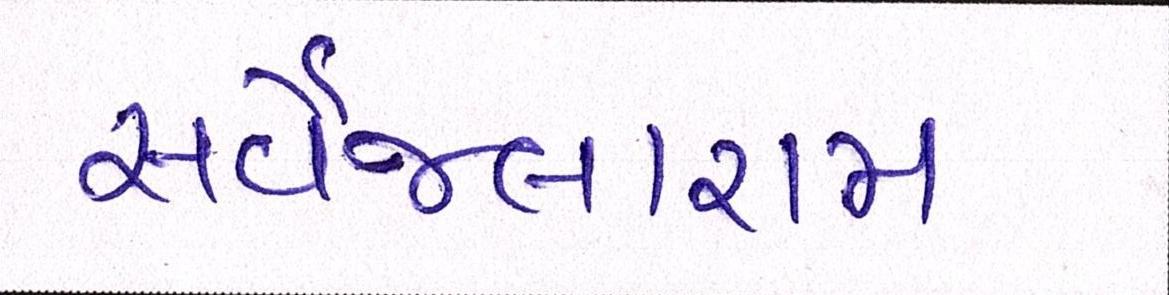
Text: સર્વેજલારામ